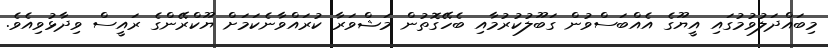
މިބައްދަލުވުމުގައި އީޔޫގެ އެއްބަސްވުން ގަބޫލުކުރުމާއި ބެހޭގޮތުން މަޝްވަރާ ކުރައްވާނެކަމަށް ޔޫކްރޭންގެ ރައީސް ވިދާޅުވިއެވެ.